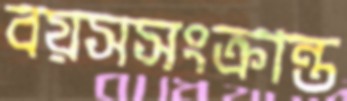
বয়সসংক্রান্ত